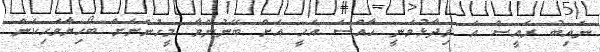
ނައިބު ރައީސް އެ ވިދާޅުވަނީ ހާއްސަ އެހީ އަށް ބޭނުންވާ މީހުންނަށް ބޯހިޔާވަހިކަން